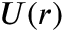
U ( r )